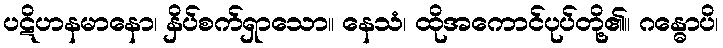
ပဋိဟနမာနော၊ နှိပ်စက်ရှာသော။ နေသံ၊ ထိုအကောင်ပုပ်တို့၏။ ဂန္ဓောပိ၊